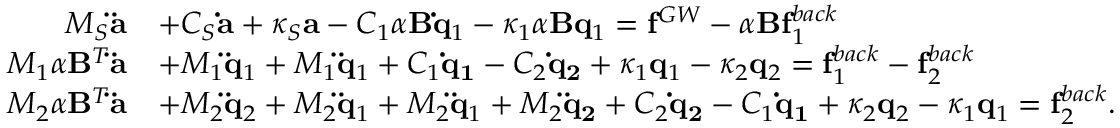
\begin{array} { r l } { M _ { S } { \bf \ddot { a } } } & { + C _ { S } { \bf \dot { a } } + \kappa _ { S } { \bf a } - C _ { 1 } \alpha { \bf B } { \bf \dot { q } } _ { 1 } - \kappa _ { 1 } \alpha { \bf B } { \bf q } _ { 1 } = { \bf f } ^ { G W } - \alpha { \bf B } { \bf f } _ { 1 } ^ { b a c k } } \\ { M _ { 1 } \alpha { \bf B } ^ { T } { \bf \ddot { a } } } & { + M _ { 1 } { \bf \ddot { q } } _ { 1 } + M _ { 1 } { \bf \ddot { q } } _ { 1 } + C _ { 1 } { \bf \dot { q } _ { 1 } } - C _ { 2 } { \bf \dot { q } _ { 2 } } + \kappa _ { 1 } { \bf q } _ { 1 } - \kappa _ { 2 } { \bf q } _ { 2 } = { \bf f } _ { 1 } ^ { b a c k } - { \bf f } _ { 2 } ^ { b a c k } } \\ { M _ { 2 } \alpha { \bf B } ^ { T } { \bf \ddot { a } } } & { + M _ { 2 } { \bf \ddot { q } } _ { 2 } + M _ { 2 } { \bf \ddot { q } } _ { 1 } + M _ { 2 } { \bf \ddot { q } } _ { 1 } + M _ { 2 } { \bf \ddot { q } _ { 2 } } + C _ { 2 } { \bf \dot { q } _ { 2 } } - C _ { 1 } { \bf \dot { q } _ { 1 } } + \kappa _ { 2 } { \bf q } _ { 2 } - \kappa _ { 1 } { \bf q } _ { 1 } = { \bf f } _ { 2 } ^ { b a c k } . } \end{array}